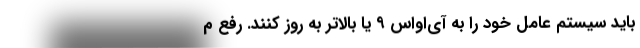
باید سیستم عامل خود را به آی‌او‌اس ۹ یا بالاتر به روز کنند. رفع م